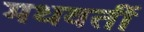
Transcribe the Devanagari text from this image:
मधवर्ती